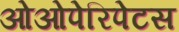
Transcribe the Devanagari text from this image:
ओओपेरिपेटस